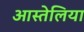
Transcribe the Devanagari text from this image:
आस्तेलिया